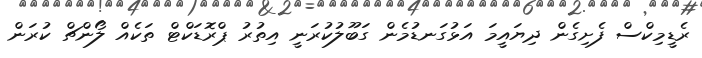
ރެޑީމިކްސް ފެށިގެން ދިޔައީމަ އަޅުގަނޑުމެން ގަބޫލުކުރަނީ އިތުރު ޕްރޮޑަކްޓް ތަކެއް ލޯންޗް ކުރަން